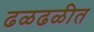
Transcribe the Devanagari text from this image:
ढळढळीत